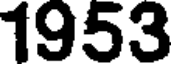
1953